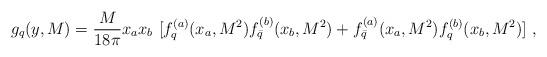
LaTeX: \begin{align*}g_q (y, M)= {M \over 18\pi} x_a x_b \ [f^{(a)}_q (x_a,M^2)f^{(b)}_{\bar q} (x_b, M^2) + f^{(a)}_{\bar q} (x_a, M^2) f^{(b)}_q (x_b,M^2)]\ ,\end{align*}